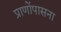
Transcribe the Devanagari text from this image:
प्राणोंपासना